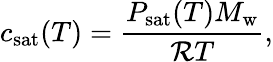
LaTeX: c_{\mathrm{sat}}(T)=\frac{P_{\mathrm{sat}}(T)M_{\mathrm{w}}}{{\cal R}T},